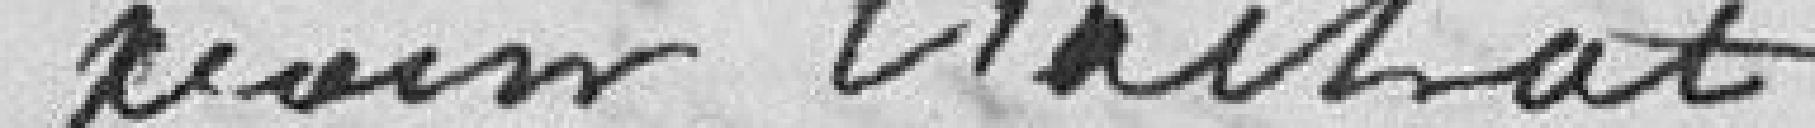
pour l'achat d'une coupe